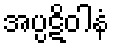
အပ္ပဋိဝါနံ